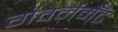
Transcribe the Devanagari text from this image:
गवर्नमेँट